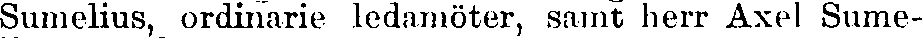
Sumelius, ordinarie ledamöter, samt herr Axel Sume-